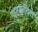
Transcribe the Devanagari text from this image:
पटकविले